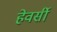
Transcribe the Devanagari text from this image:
हेवर्सी